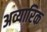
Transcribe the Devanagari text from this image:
अव्यारिक